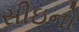
સીઇનો